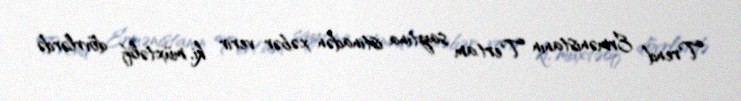
Trend Ermənistanın Tert.am saytına istinadən xəbər verir ki, müxtəlif dövrlərdə